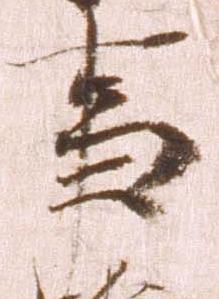
事